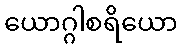
ယောဂ္ဂါစရိယော